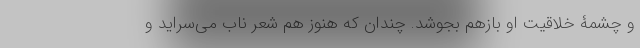
و چشمۀ خلاقیت او بازهم بجوشد. چندان که هنوز هم شعر ناب می‌سراید و